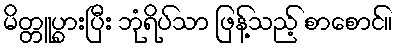
မိတ္တူပွားပြီး ဘုံရိပ်သာ ဖြန့်သည့် စာစောင်။